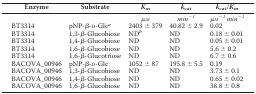
<table><thead><tr><td><b>Enzyme</b></td><td><b>Substrate</b></td><td><b><i>K<sub>m</sub></i></b></td><td><b><i>k</i><sub>cat</sub></b></td><td><b><i>k</i><sub>cat</sub>/<i>K<sub>m</sub></i></b></td></tr></thead><tbody><tr><td></td><td></td><td>μ<i>m</i></td><td><i>min</i><sup>−<i>1</i></sup></td><td>μ<i>m</i><sup>−<i>1</i></sup><i>min</i><sup>−<i>1</i></sup></td></tr><tr><td>BT3314</td><td>pNP-β-d-Glc<i><sup>a</sup></i></td><td>2403 ± 379</td><td>40.82 ± 2.9</td><td>0.02</td></tr><tr><td>BT3314</td><td>1,3-β-Glucobiose</td><td>ND<i><sup>b</sup></i></td><td>ND</td><td>0.18 ± 0.01</td></tr><tr><td>BT3314</td><td>1,4-β-Glucobiose</td><td>ND</td><td>ND</td><td>0.05 ± 0.01</td></tr><tr><td>BT3314</td><td>1,6-β-Glucobiose</td><td>ND</td><td>ND</td><td>5.6 ± 0.2</td></tr><tr><td>BT3314</td><td>1,6-β-Glucotriose</td><td>ND</td><td>ND</td><td>6.7 ± 0.6</td></tr><tr><td>BACOVA_00946</td><td>pNP-β-d-Glc</td><td>1052 ± 87</td><td>195.8 ± 5.5</td><td>0.19</td></tr><tr><td>BACOVA_00946</td><td>1,3-β-Glucobiose</td><td>ND</td><td>ND</td><td>3.73 ± 0.1</td></tr><tr><td>BACOVA_00946</td><td>1,4-β-Glucobiose</td><td>ND</td><td>ND</td><td>0.65 ± 0.02</td></tr><tr><td>BACOVA_00946</td><td>1,6-β-Glucobiose</td><td>ND</td><td>ND</td><td>38.8 ± 0.8</td></tr></tbody></table>